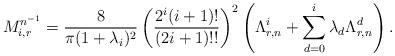
LaTeX: \begin{align*}M_{i,r}^{n^{-1}}=\frac{8}{\pi(1+\lambda_{i})^{2}}\left(\frac{2^{i}(i+1)!}{(2i+1)!!}\right)^{2}\left(\Lambda_{r,n}^{i}+\sum_{d=0}^{i}\lambda_{d}\Lambda_{r,n}^{d}\right).\end{align*}